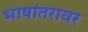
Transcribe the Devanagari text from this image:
भाषांतरावर